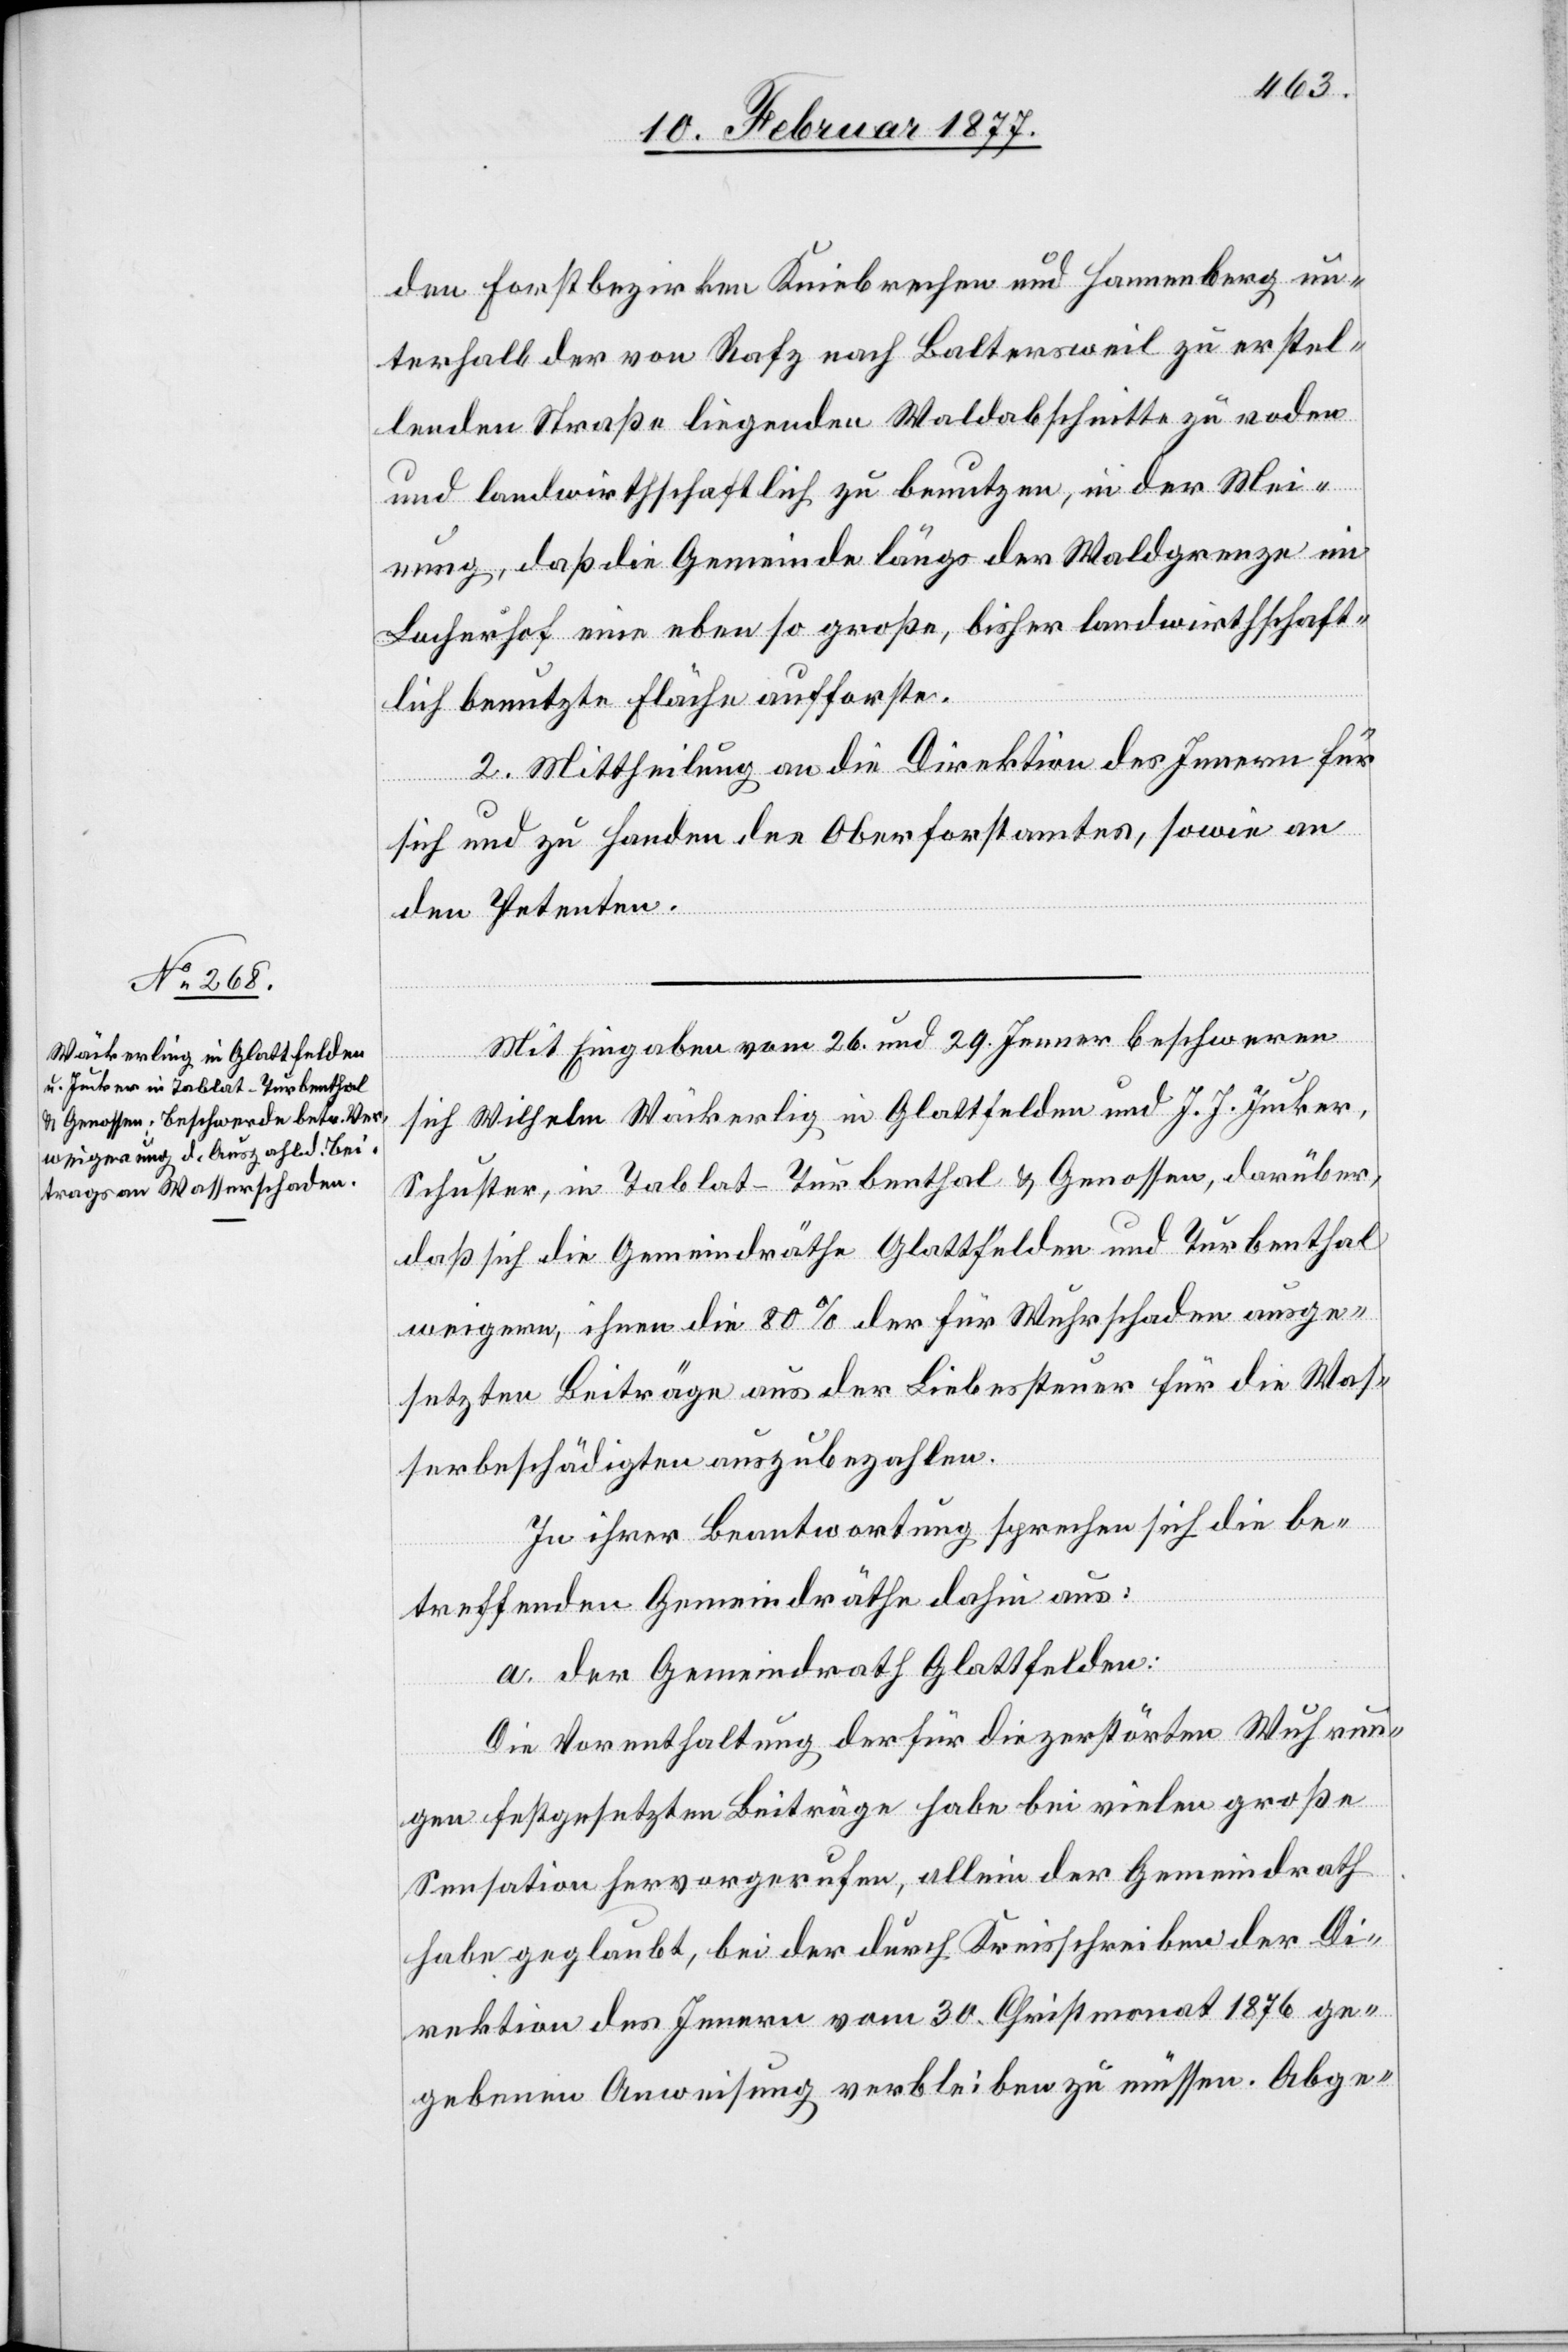
den Forstbezirken Kniebrechen [sic!] und Hannenberg un¬
terhalb der von Rafz nach Baltersweil zu erstel¬
lenden Straße liegenden Waldabschnitte zu roden
und landwirthschaftlich zu benutzen, in der Mei¬
nung, daß die Gemeinde längs der Waldgrenze im
Bucherhof eine eben so große, bisher landwirthschaft¬
lich benutzte Fläche aufforste.
2. Mittheilung an die Direktion des Innern für
sich und zu Handen des Oberforstamtes, sowie an
den Petenten.
Mit Eingaben vom 26. und 29. Jenner beschweren
sich Wilhelm Wäckerlig [sic!] in Glattfelden und J. J. Jucker,
Schuster in Tablat - Turbenthal & Genossen, darüber,
daß sich die Gemeindräthe Glattfelden und Turbenthal
weigern, ihnen die 80% der für Wuhrschaden ausge¬
setzten Beiträge aus der Liebessteuer für die Was¬
serbeschädigten auszubezahlen.
In ihrer Beantwortung sprechen sich die be¬
treffenden Gemeindräthe dahin aus:
a. Der Gemeindrath Glattfelden:
Die Vorenthaltung der für die zerstörten Wuhrun¬
gen festgesetzten Beiträge habe bei vielen große
Sensation hervorgerufen, allein der Gemeindrath
habe geglaubt, bei der durch Kreisschreiben der Di¬
rektion des Innern vom 30. Christmonat 1876 ge¬
gebenen Anweisung verbleiben zu müssen. Abge-